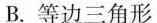
B.等边三角形